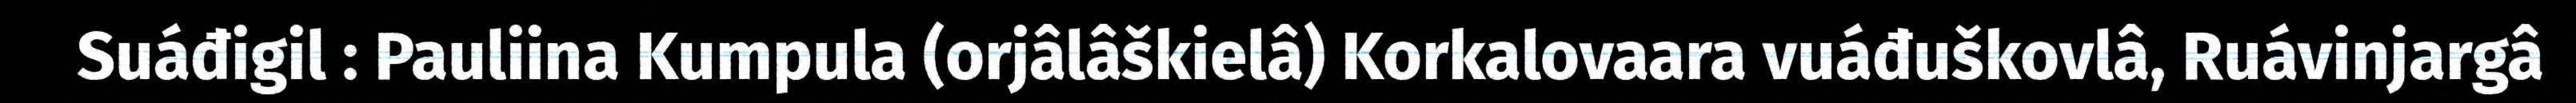
Suáđigil : Pauliina Kumpula (orjâlâškielâ) Korkalovaara vuáđuškovlâ, Ruávinjargâ